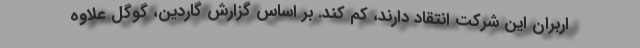
اربران این شرکت انتقاد دارند، کم کند. بر اساس گزارش گاردین، گوگل علاوه